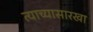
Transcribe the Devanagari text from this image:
त्याच्यासारखा